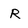
Character: R